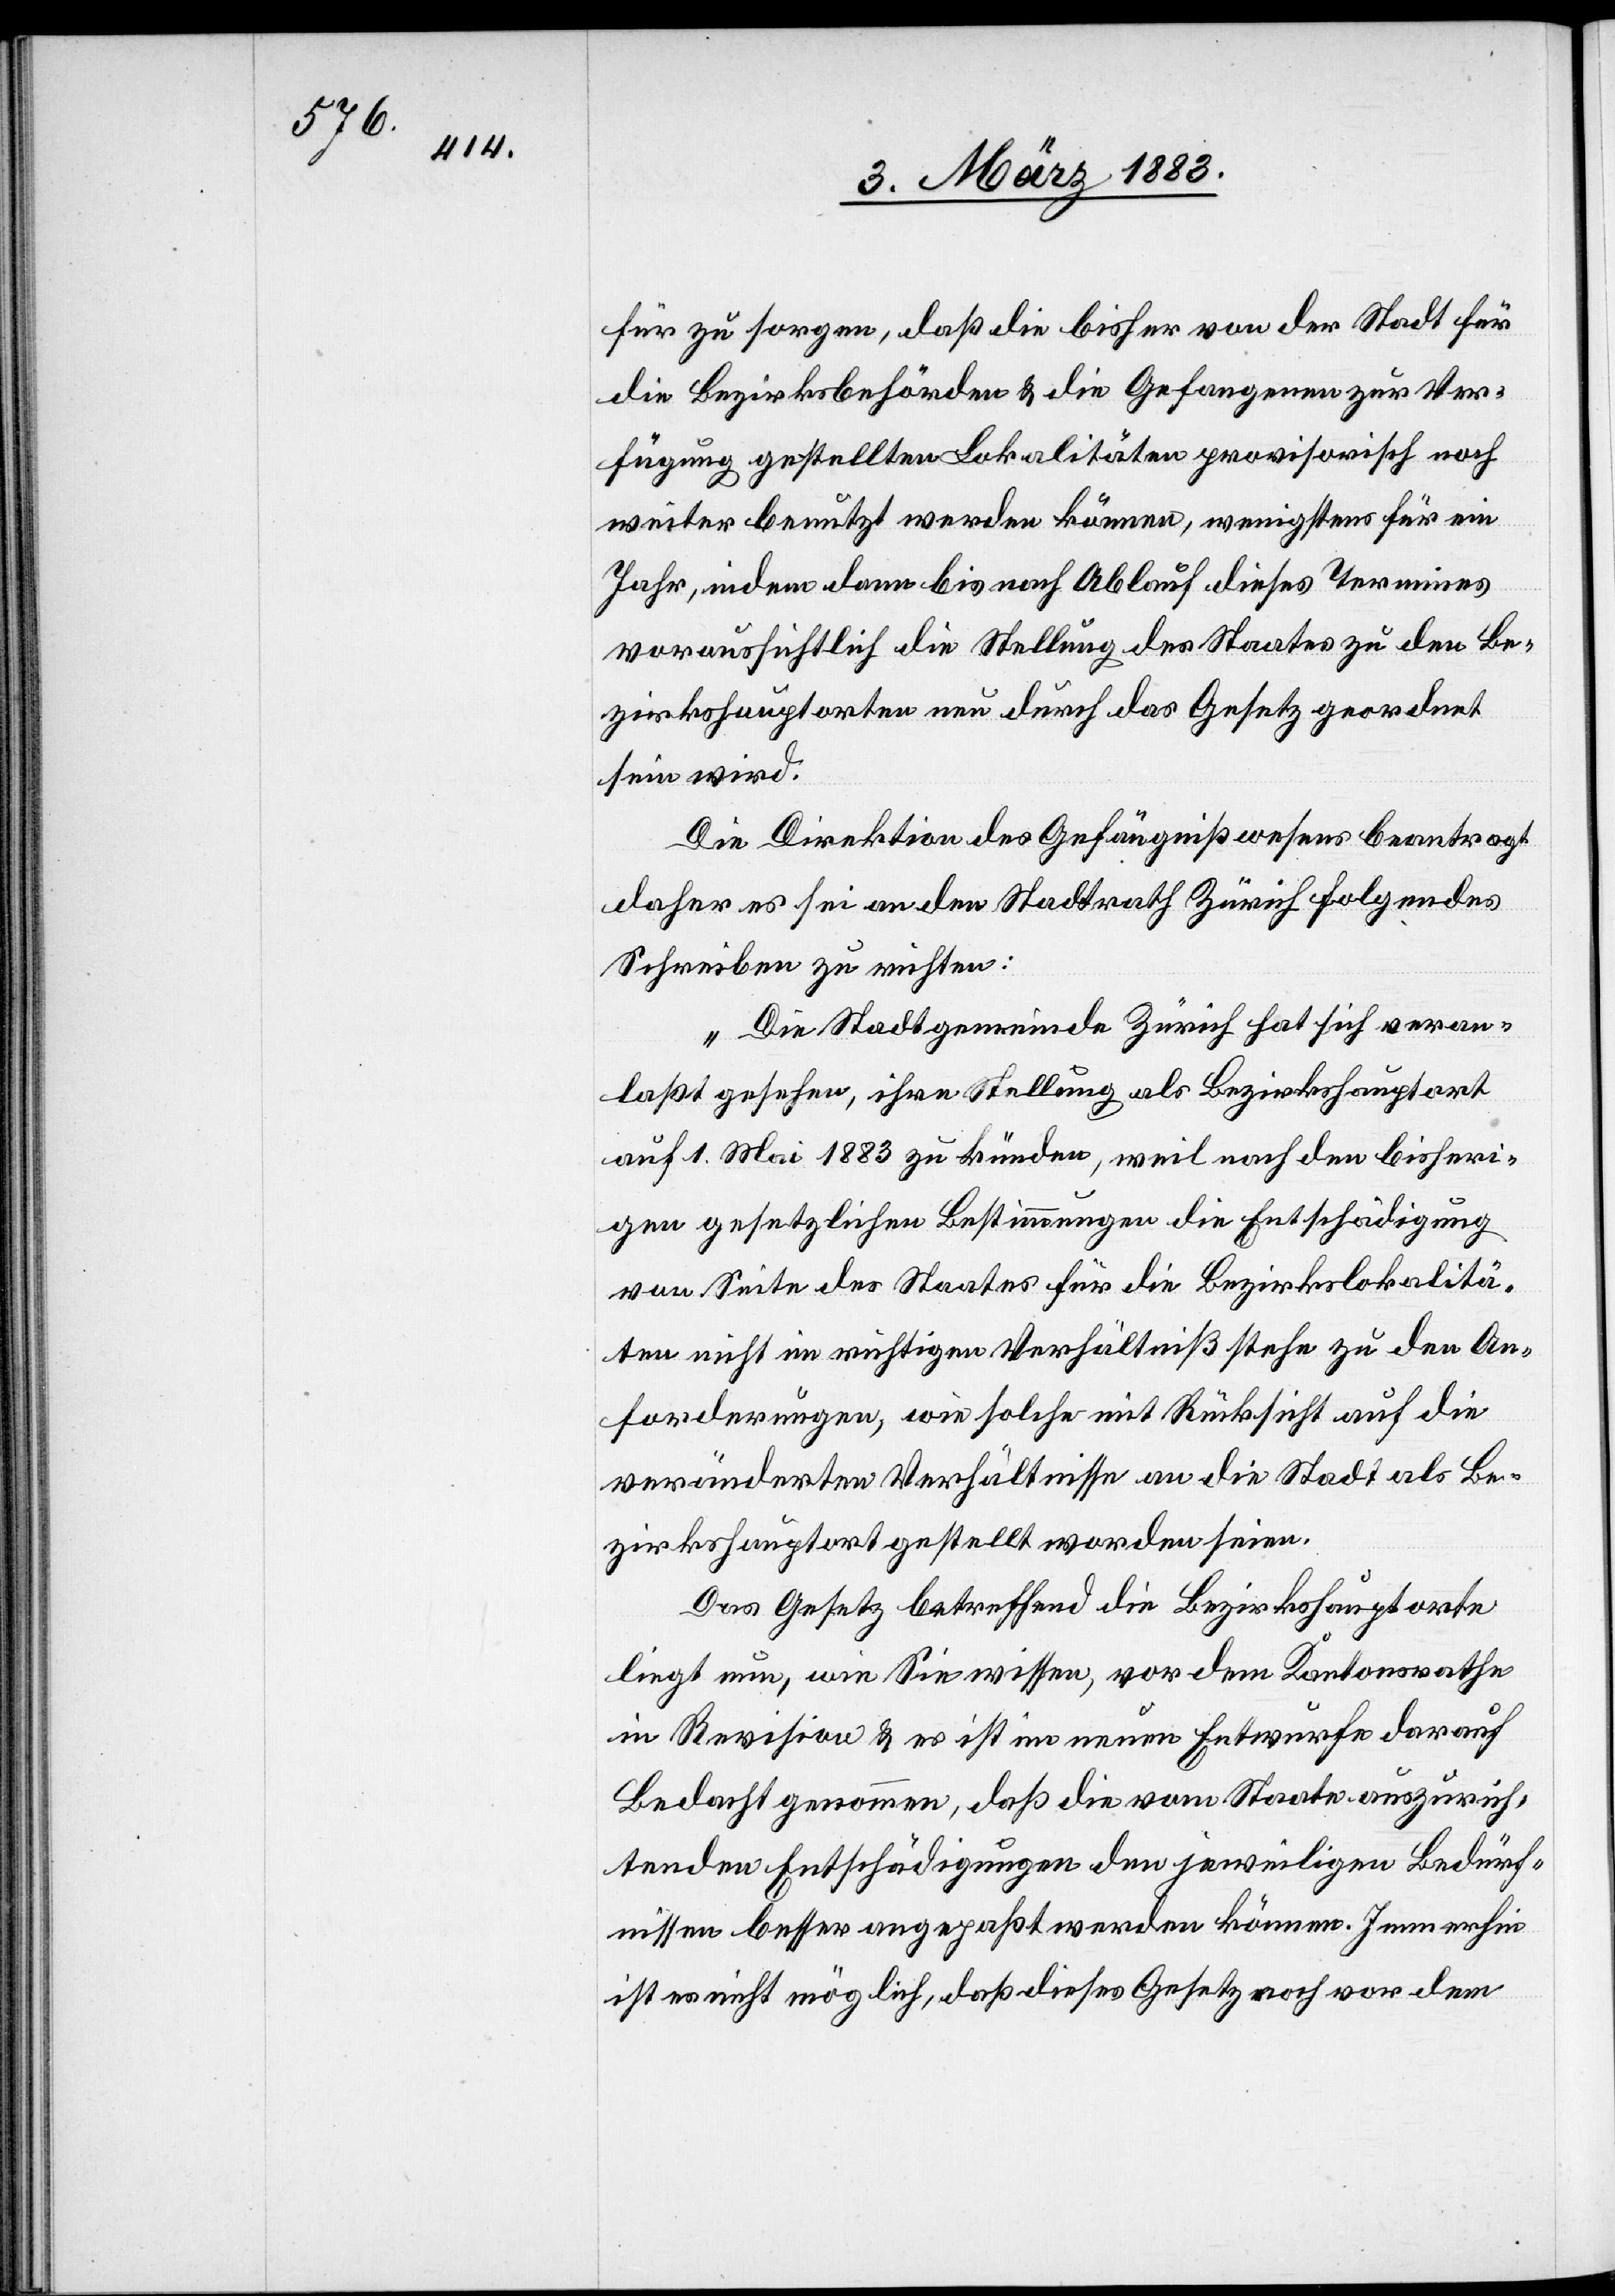
für zu sorgen, daß die bisher von der Stadt für
die Bezirksbehörden & die Gefangenen zur Ver¬
fügung gestellten Lokalitäten provisorisch noch
weiter benutzt werden können, wenigstens für ein
Jahr, indem dann bis nach Ablauf dieses Termines
voraussichtlich die Stellung des Staates zu den Be¬
zirkshauptorten neu durch das Gesetz geordnet
sein wird.
Die Direktion des Gefängnißwesens beantragt
daher es sei an den Stadtrath Zürich folgendes
Schreiben zu richten:
„Die Stadtgemeinde Zürich hat sich veran¬
laßt gesehen, ihre Stellung als Bezirkshauptort
auf 1. Mai 1883 zu künden, weil nach den bisheri¬
gen gesetzlichen Bestimmungen die Entschädigung
von Seite des Staates für die Bezirkslokalitä¬
ten nicht im richtigen Verhältniß stehe zu den An¬
forderungen, wie solche mit Rücksicht auf die
veränderten Verhältnisse an die Stadt als Be¬
zirkshauptort gestellt worden seien.
Das Gesetz betreffend die Bezirkshauptorte
liegt nun, wie Sie wissen, vor dem Kantonsrathe
in Revision & es ist im neuen Entwurfe darauf
Bedacht genommen, daß die vom Staate auszurich¬
tenden Entschädigungen den jeweiligen Bedürf¬
nissen besser angepaßt werden können. Immerhin
ist es nicht möglich, daß dieses Gesetz noch vor dem